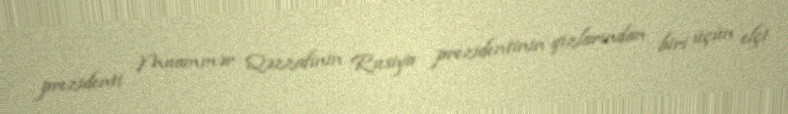
prezidenti Muammər Qəzzafinin Rusiya prezidentinin qızlarından biri üçün elçi